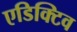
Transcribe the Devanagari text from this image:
एडिक्टिव